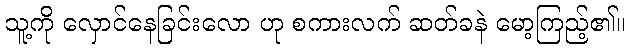
သူ့ကို လှောင်နေခြင်းလော ဟု စကားလက် ဆတ်ခနဲ မော့ကြည့်၏။